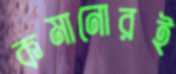
কমানোরই